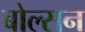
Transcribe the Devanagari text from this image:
बोल्सन